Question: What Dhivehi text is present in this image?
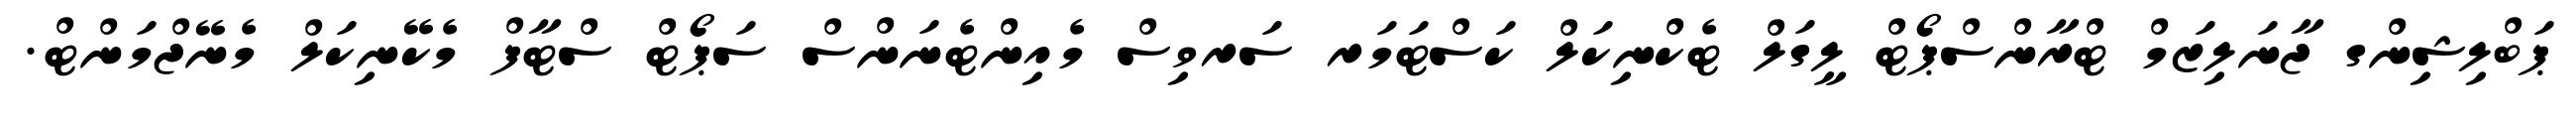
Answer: ޕަބްލިޝިންގ ޖާނަލިޒަމް ޓްރާންސްޕޯޓް ލީގަލް ޓެކްނިކަލް ކަސްޓަމަރ ސަރވިސް މެއިންޓެނަންސް ސަޕޯޓް ސްޓާފް މެކޭނިކަލް މެނޭޖްމަންޓް.